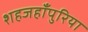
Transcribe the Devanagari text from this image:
शहजहाँपुरिया